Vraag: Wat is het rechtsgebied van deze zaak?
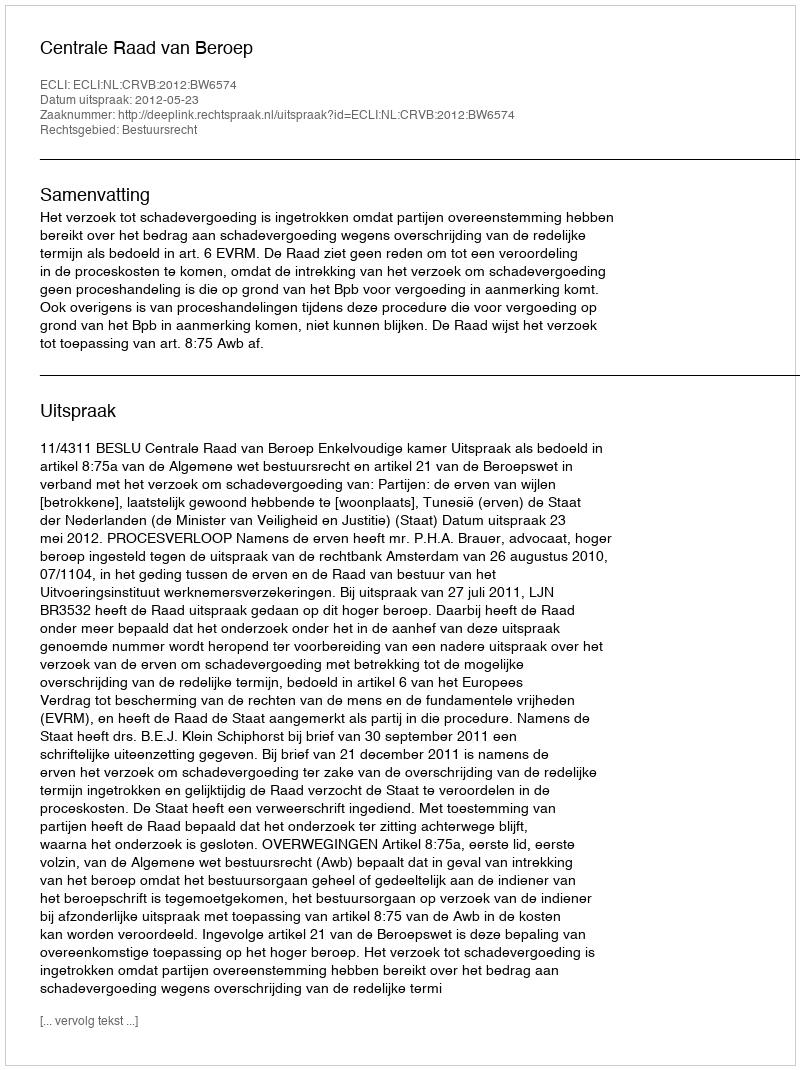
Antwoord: Bestuursrecht